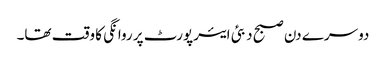
دوسرے دن صبح دبئی ایئرپورٹ پر روانگی کا وقت تھا۔